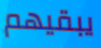
يبقيهم